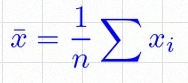
\bar{x}=\frac1n\sum x_i